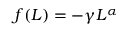
\begin{array} { r } { f ( L ) = - \gamma L ^ { \alpha } } \end{array}